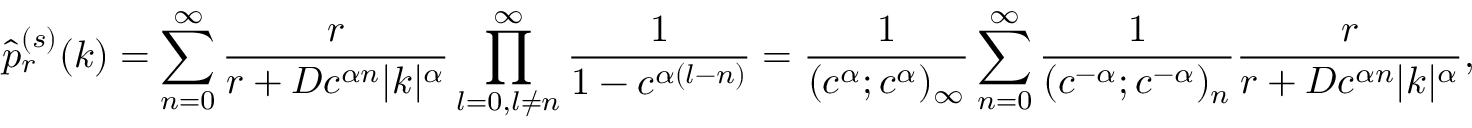
\hat { p } _ { r } ^ { ( s ) } ( k ) = \sum _ { n = 0 } ^ { \infty } \frac { r } { r + D c ^ { \alpha n } | k | ^ { \alpha } } \prod _ { \substack { l = 0 , l \neq n } } ^ { \infty } \frac { 1 } { 1 - c ^ { \alpha ( l - n ) } } = \frac { 1 } { ( c ^ { \alpha } ; c ^ { \alpha } ) _ { \infty } } \sum _ { n = 0 } ^ { \infty } \frac { 1 } { ( c ^ { - \alpha } ; c ^ { - \alpha } ) _ { n } } \frac { r } { r + D c ^ { \alpha n } | k | ^ { \alpha } } ,